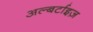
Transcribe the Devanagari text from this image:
अल्बर्टाइज़